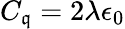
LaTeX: C_{\mathfrak{q}}=2\lambda\epsilon_{0}